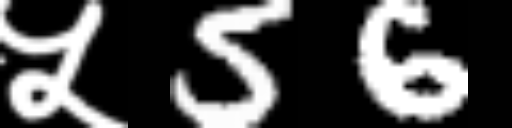
Text: ५56